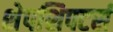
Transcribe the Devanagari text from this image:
शेपशिफ्टर्स